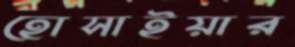
হোসাইয়ার